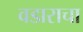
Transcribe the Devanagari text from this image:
वडाराचा